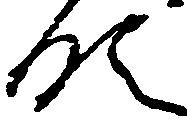
領